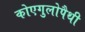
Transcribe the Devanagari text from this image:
कोएगुलोपैथी